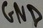
Text: GND